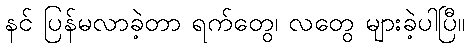
နင် ပြန်မလာခဲ့တာ ရက်တွေ၊ လတွေ များခဲ့ပါပြီ။